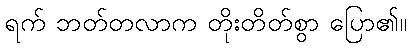
ရက် ဘတ်တလာက တိုးတိတ်စွာ ပြော၏။